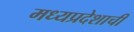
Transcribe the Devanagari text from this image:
मध्‍यप्रदेशाची